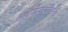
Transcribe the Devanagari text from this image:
स्वर्णजयंतियाँ